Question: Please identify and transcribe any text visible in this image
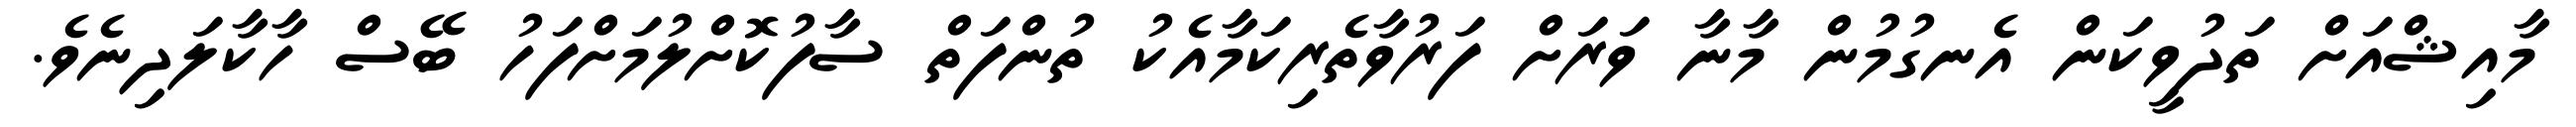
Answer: މާއިޝްއަށް ތަދުވީކަން އެނގުމުން މާނާ ވަރަށް ފަރުވާތެރިކަމާއެކު ތުންފަތް ސާފުކޮށްލުމަށްފަހު ބޭސް ހާކާލަދިނެވެ.